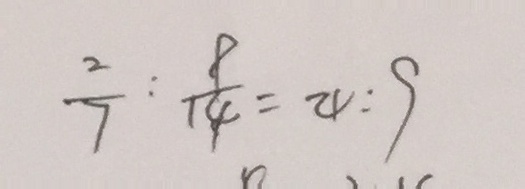
\frac { 2 } { 7 } : \frac { 9 } { 1 4 } = 4 : 9